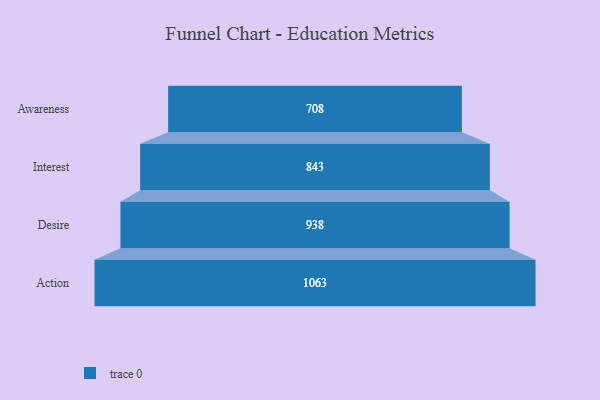
{"axis": {"x": "Stage", "y": "Value"}, "legend": [""], "data": [{"x": "Awareness", "y": 708.0, "type": ""}, {"x": "Interest", "y": 843.0, "type": ""}, {"x": "Desire", "y": 938.0, "type": ""}, {"x": "Action", "y": 1063.0, "type": ""}]}